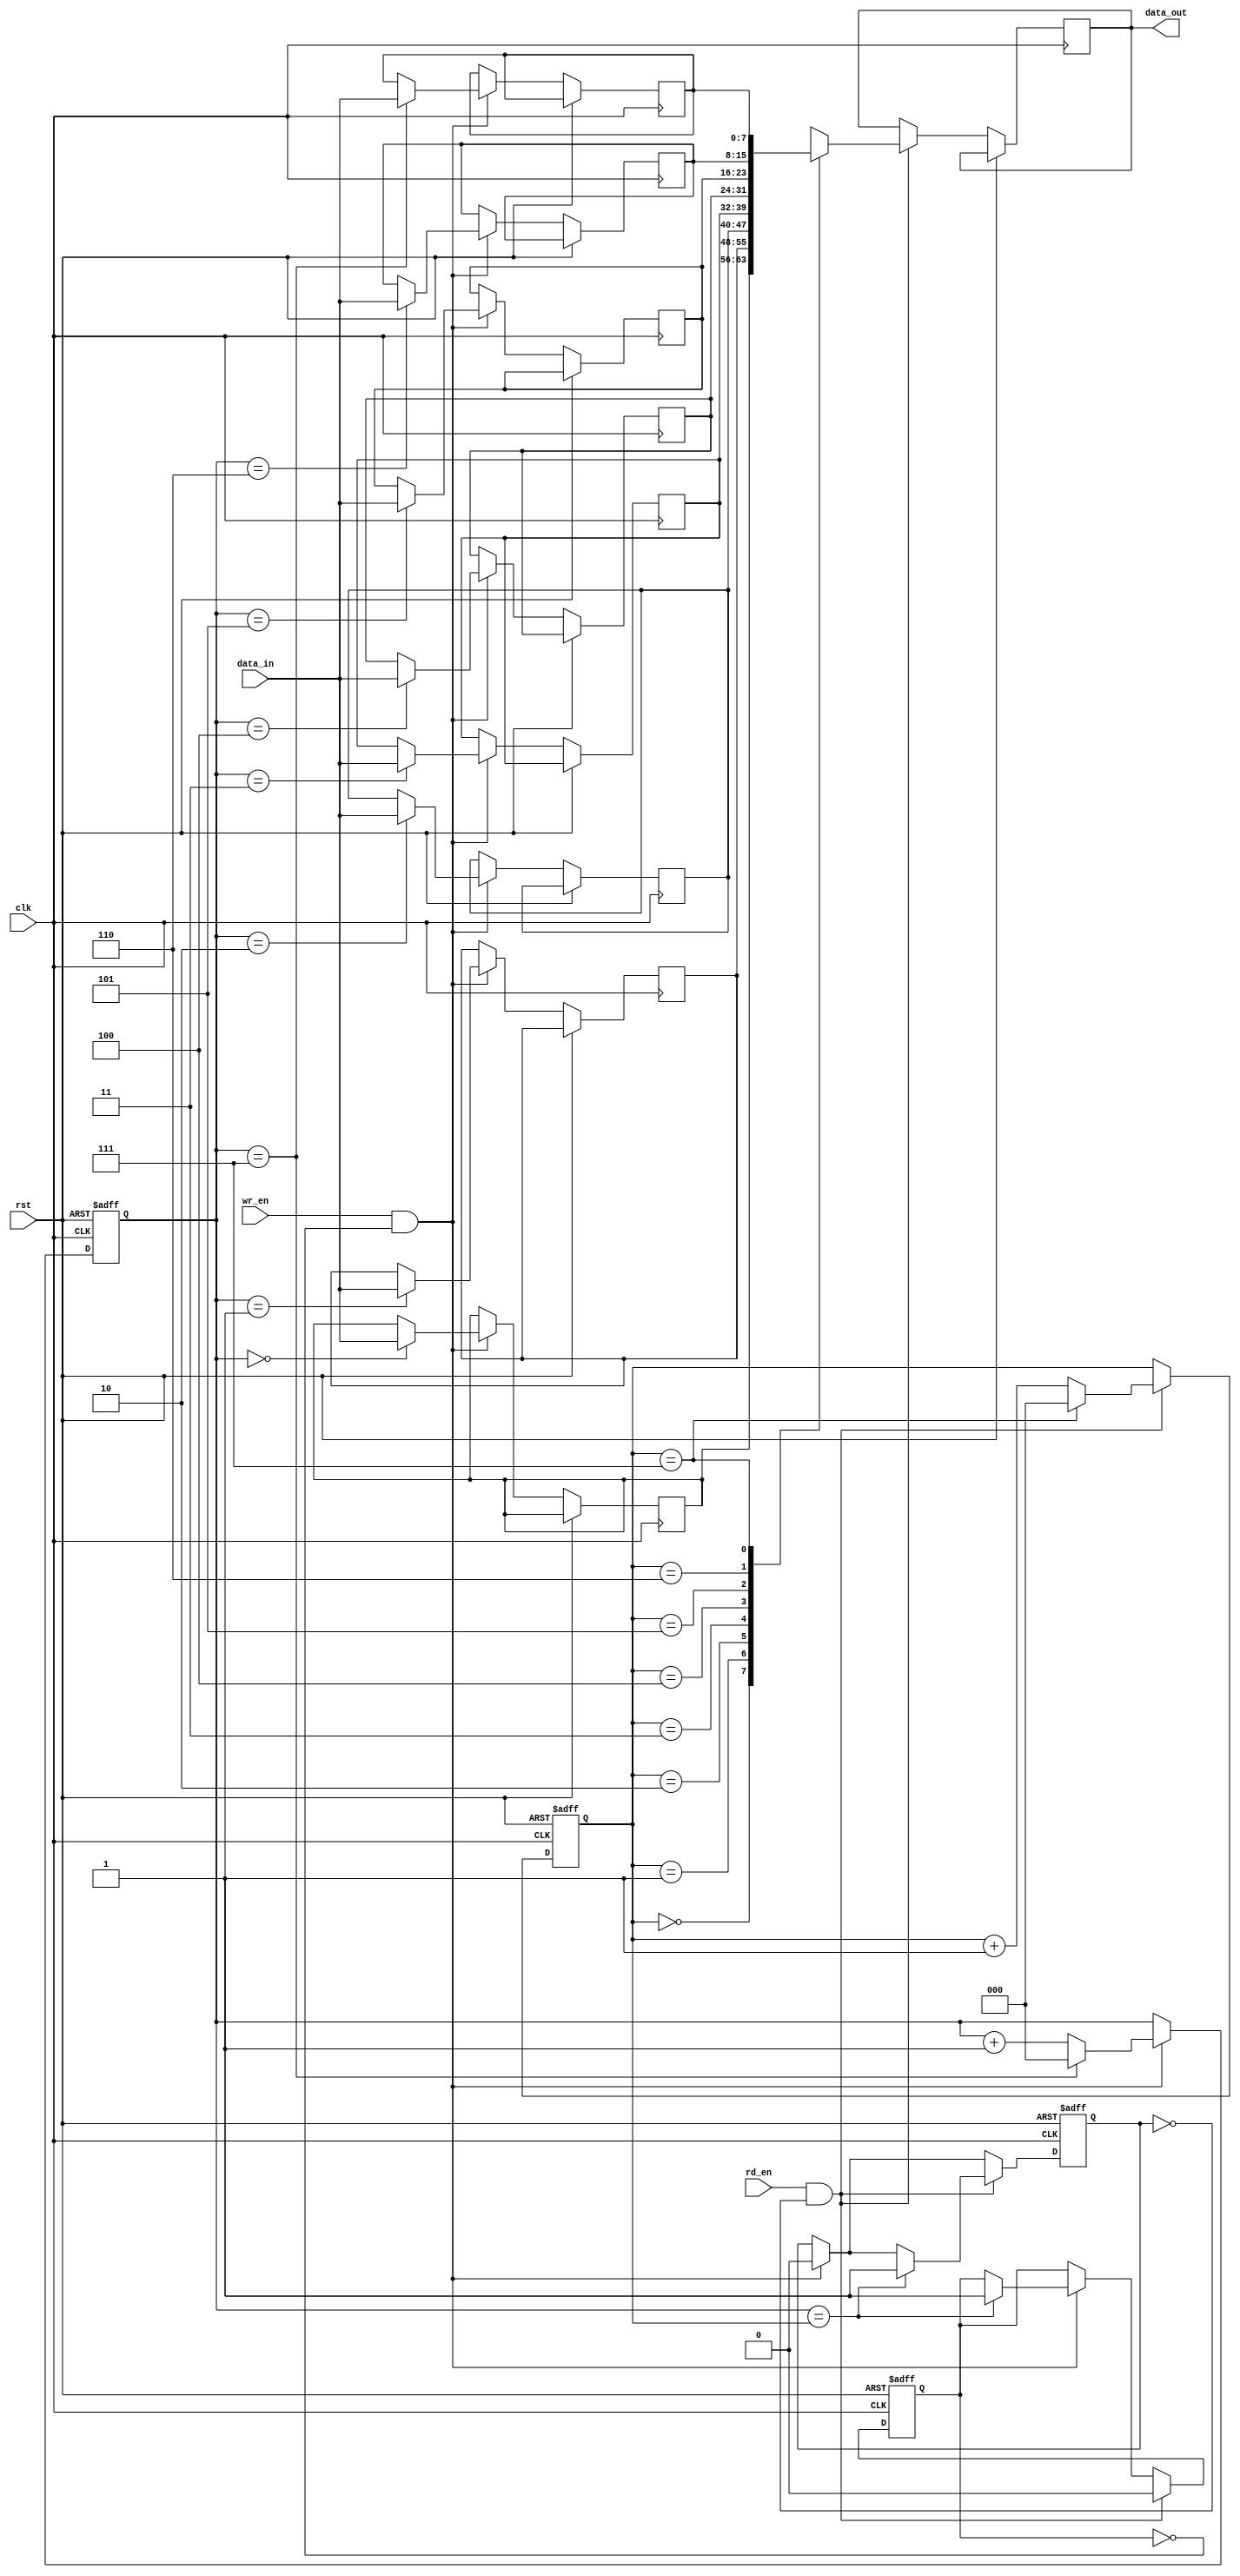
module FIFO (
    input clk,
    input rst,
    input [7:0] data_in,
    input wr_en,
    output reg [7:0] data_out,
    input rd_en
);

reg [7:0] buffer [0:7]; // FIFO buffer with depth of 8
reg [2:0] wr_ptr, rd_ptr;
reg full, empty;

always @(posedge clk or posedge rst)
    if (rst)
        begin
            wr_ptr <= 3'b000;
            rd_ptr <= 3'b000;
            full <= 1'b0;
            empty <= 1'b1;
        end
    else
        begin
            if (wr_en && !full)
                begin
                    buffer[wr_ptr] <= data_in;
                    wr_ptr <= wr_ptr + 1;
                    if (wr_ptr == 3'b111)
                        wr_ptr <= 3'b000;
                    
                    if (wr_ptr == rd_ptr)
                        full <= 1'b1;
                    empty <= 1'b0;
                end

            if (rd_en && !empty)
                begin
                    data_out <= buffer[rd_ptr];
                    rd_ptr <= rd_ptr + 1;
                    if (rd_ptr == 3'b111)
                        rd_ptr <= 3'b000;
                    
                    if (wr_ptr == rd_ptr)
                        empty <= 1'b1;
                    full <= 1'b0;
                end
        end

endmodule